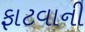
ફાટવાની